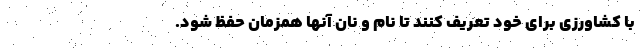
با کشاورزی برای خود تعریف کنند تا نام و نان آنها همزمان حفظ شود.